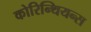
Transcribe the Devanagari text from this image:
कोरिन्थियन्स